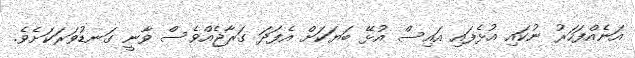
އަނެއްފަހަރު ނުކައި އުޅެފައި އައިސް އުޅޭ ބަޔަކަށް އެފަދަ ގަރާޖެއްވެސް ވާނީ ގަނޑުވަރަކަށެވެ.